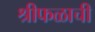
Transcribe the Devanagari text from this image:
श्रीफळाची